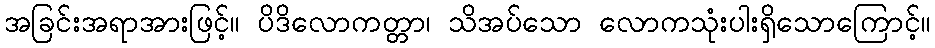
အခြင်းအရာအားဖြင့်။ ပိဒိလောကတ္တာ၊ သိအပ်သော လောကသုံးပါးရှိသောကြောင့်။